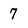
Character: 7